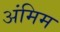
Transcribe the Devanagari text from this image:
अंमिम